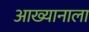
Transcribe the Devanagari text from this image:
आख्यानाला